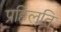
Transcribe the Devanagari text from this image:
प्रहिलति